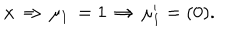
LaTeX: { x } \, \Rightarrow \, \mu _ { 1 } \, = 1 \, \Rightarrow \, \mu _ { 1 } ^ { \prime } = ( 0 ) . \nonumber \,